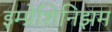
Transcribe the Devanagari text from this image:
इम्प्रेशिनिझम